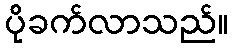
ပိုခက်လာသည်။